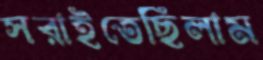
সরাইতেছিলাম